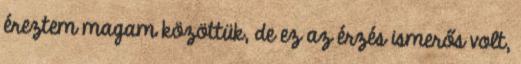
éreztem magam közöttük, de ez az érzés ismerős volt,